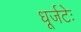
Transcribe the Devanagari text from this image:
धूर्जटेः